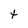
Character: t